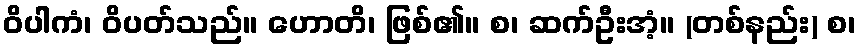
ဝိပါကံ၊ ဝိပတ်သည်။ ဟောတိ၊ ဖြစ်၏။ စ၊ ဆက်ဦးအံ့။ (တစ်နည်း) စ၊